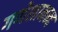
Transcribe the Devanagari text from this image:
गणेशानन्द